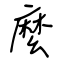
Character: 麼